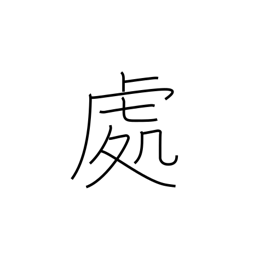
Meaning: locale